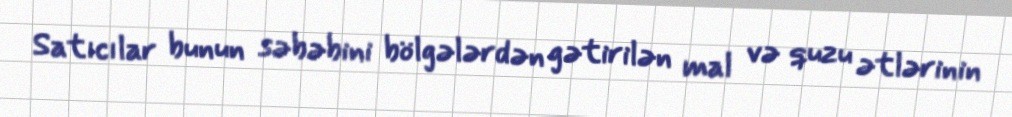
Satıcılar bunun səbəbini bölgələrdən gətirilən mal və quzu ətlərinin